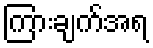
ကြားချက်အရ